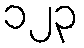
၁၂၃